Scottish Leaving Certificate Examination, 1951
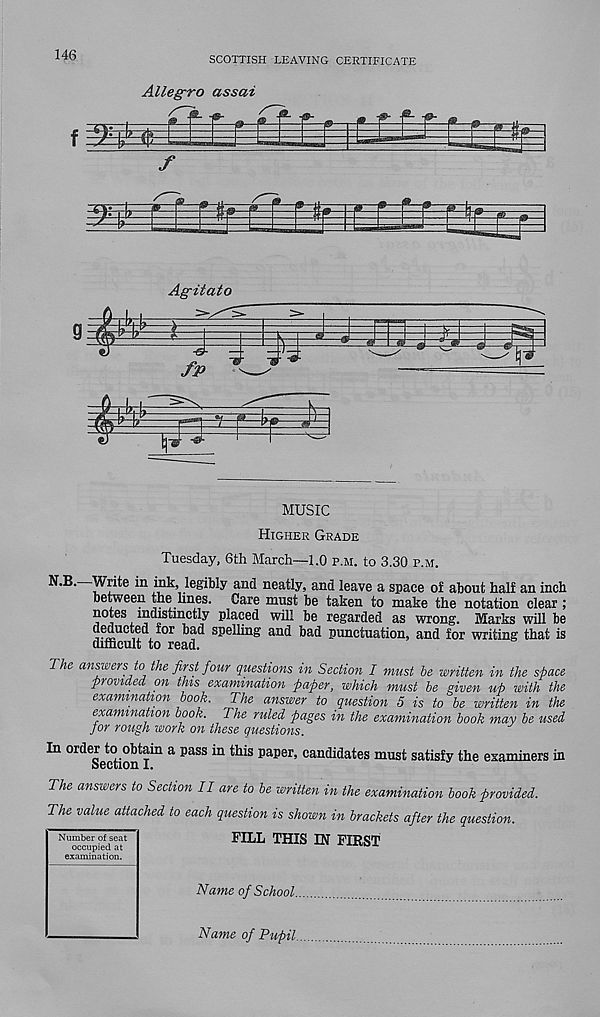
146
SCOTTISH LEAVING CERTIFICATE
Allegro assai
Agitato
MUSIC
Higher Grade
Tuesday, 6th March—1.0 p.m. to 3.30 p.m.
legibly and neatly, and leave a space of about half an inch
between the hnes. Care must be taken to make the notation clear ;
notes indistinctly placed will be regarded as wrong. Marks will be
Educ ed for bad spelling and bad punctuation, and for writing that is
difficult to read.
The answers to the first four questions in Section I must be written in the space
provided on this examination paper, which must be given up with the
examination book. The answer to question 5 is to be written in the
examination book. The ruled pages in the examination book may be used,
for rough work on these questions.
In “'der^obtam a pass in this paper, candidates must satisfy the esaminers in
The answers to Section II are to be written in the examination book provided.
The value attached to each question is shown in brackets after the question.
FILL THIS IN FIRST
Name of School.
Name of Pupil.
Number of seat
occupied at
examination.